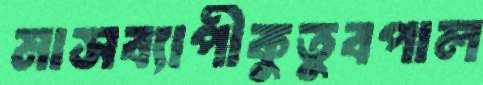
মাসব্যাপীকুতুবপাল